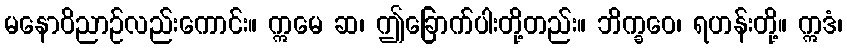
မနောဝိညာဉ်လည်းကောင်း။ ဣမေ ဆ၊ ဤခြောက်ပါးတို့တည်း။ ဘိက္ခဝေ၊ ရဟန်းတို့။ ဣဒံ၊